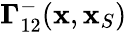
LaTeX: {\mathbf\Gamma}_{12}^{-}({\mathbf x},{\mathbf x}_{S})